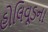
હોલિવૂડના